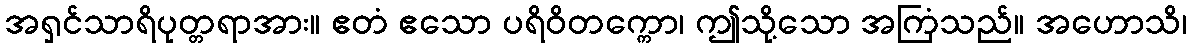
အရှင်သာရိပုတ္တရာအား။ ဧတံ ဧသော ပရိဝိတက္ကော၊ ဤသို့သော အကြံသည်။ အဟောသိ၊